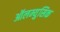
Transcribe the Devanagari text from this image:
ऑलम्युसिक